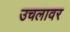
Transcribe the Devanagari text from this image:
उचलावर